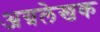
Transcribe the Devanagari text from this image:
अग्रलेखक